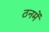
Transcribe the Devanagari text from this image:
ठनमें